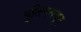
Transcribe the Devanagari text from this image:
युलिपमधून